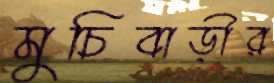
মুচিবাড়ীর